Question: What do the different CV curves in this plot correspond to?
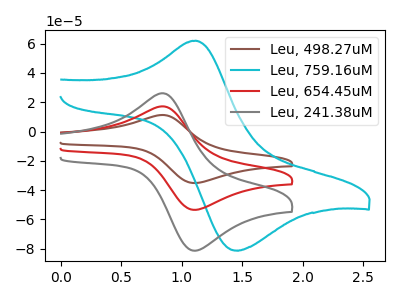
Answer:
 <answer>The brown curve is labeled "Leu, 498.27uM". The cyan curve is labeled "Leu, 759.16uM". The red curve is labeled "Leu, 654.45uM". The gray curve is labeled "Leu, 241.38uM".</answer>
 <eval></eval>